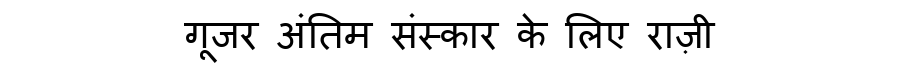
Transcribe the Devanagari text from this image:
गूजर अंतिम संस्कार के लिए राज़ी